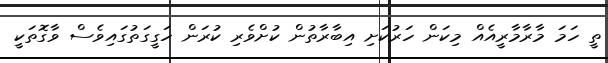
ތީ ހަމަ މާރާމާރީއެއް މިކަން ހަރުކަށި އިބާރާތުން ކުށްވެރި ކުރަން ހަގީގަތުގައިވެސް ވާގޮތަކީ